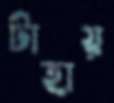
টাহায়